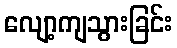
လျော့ကျသွားခြင်း